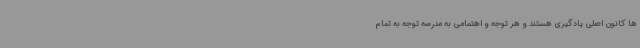
ها کانون اصلی یادگیری هستند و هر توجه و اهتمامی به مدرسه توجه به تمام